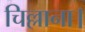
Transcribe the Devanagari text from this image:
चिल्लाना।